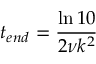
t _ { e n d } = \frac { \ln { 1 0 } } { 2 \nu k ^ { 2 } }